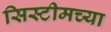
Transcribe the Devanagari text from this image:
सिस्टीमच्या